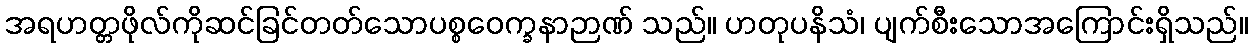
အရဟတ္တဖိုလ်ကိုဆင်ခြင်တတ်သောပစ္စဝေက္ခနာဉာဏ် သည်။ ဟတုပနိသံ၊ ပျက်စီးသောအကြောင်းရှိသည်။